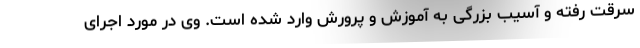
سرقت رفته و آسیب بزرگی به آموزش و پرورش وارد شده است. وی در مورد اجرای